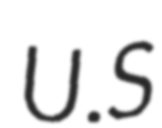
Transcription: U.S